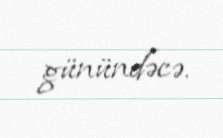
günündəcə.